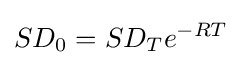
SD_{0}=SD_{T}e^{-RT}